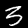
Digit: 3